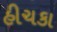
હીચકા